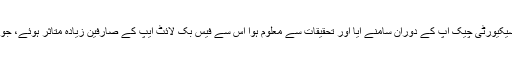
کمپنی کی جانب جاری بیان کے مطابق یہ مسئلہ جنوری میں معمول کے سیکیورٹی چیک اپ کے دوران سامنے آیا اور تحقیقات سے معلوم ہوا اس سے فیس بک لائٹ ایپ کے صارفین زیادہ متاثر ہوئے، جو ان ممالک میں زیادہ استعمال ہوتی ہے جہاں انٹرنیٹ اسپیڈ ناقص ہوتی ہے۔